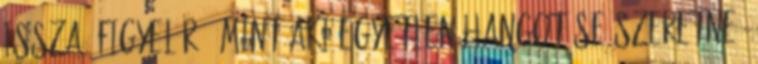
issza; figyel rá, mint aki egyetlen hangot se szeretne,